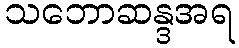
သဘောဆန္ဒအရ